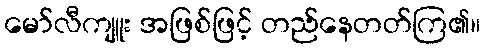
မော်လီကျူး အဖြစ်ဖြင့် တည်နေတတ်ကြ၏။